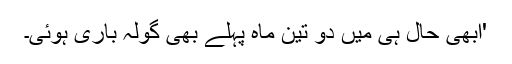
'ابھی حال ہی میں دو تین ماہ پہلے بھی گولہ باری ہوئی۔